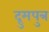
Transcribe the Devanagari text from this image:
द्रुमपुत्र